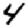
Digit: 4